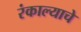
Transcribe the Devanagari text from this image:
रंकाल्याचे